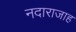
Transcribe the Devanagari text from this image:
नदाराजाह